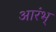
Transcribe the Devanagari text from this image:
आरंभ्